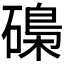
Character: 𱴯